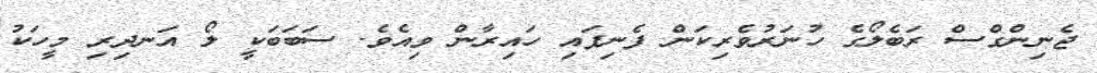
ޖެނިންގްސް ރަބެލޯގެ ހުނަރުވެރިކަން ފެނިފައި ހައިރާން ވިއެވެ. ސަބަބަކީ ލޯ އަނދިރި މީހަކު